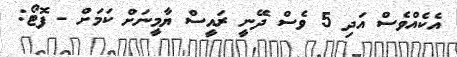
އެކެއްވެސް އަދި 5 ވެސް ދޭނީ ރައީސް ޔާމީނަށް ކަމަށް - ފޮޓޯ: